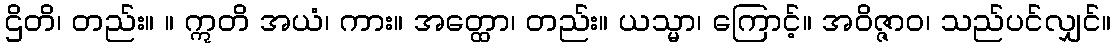
ဌိတိ၊ တည်း။ ။ ဣတိ အယံ၊ ကား။ အတ္ထော၊ တည်း။ ယသ္မာ၊ ကြောင့်။ အဝိဇ္ဇာဝ၊ သည်ပင်လျှင်။